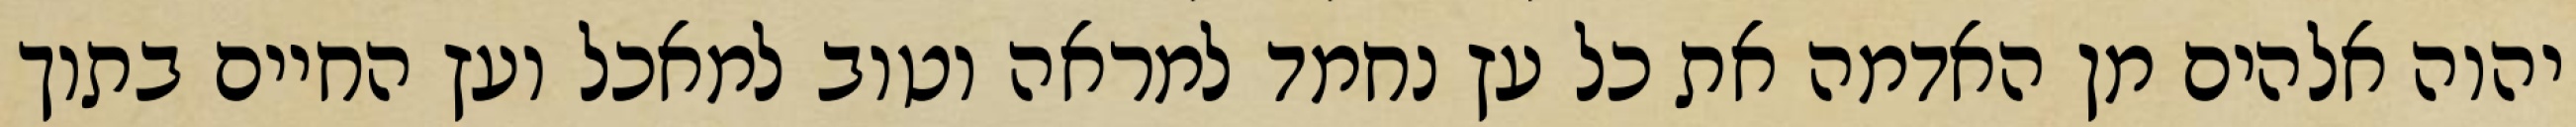
יהוה אלהים מן האדמה את כל עץ נחמד למראה וטוב למאכל ועץ החיים בתוך